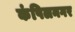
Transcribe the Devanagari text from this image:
कंपिलनगर